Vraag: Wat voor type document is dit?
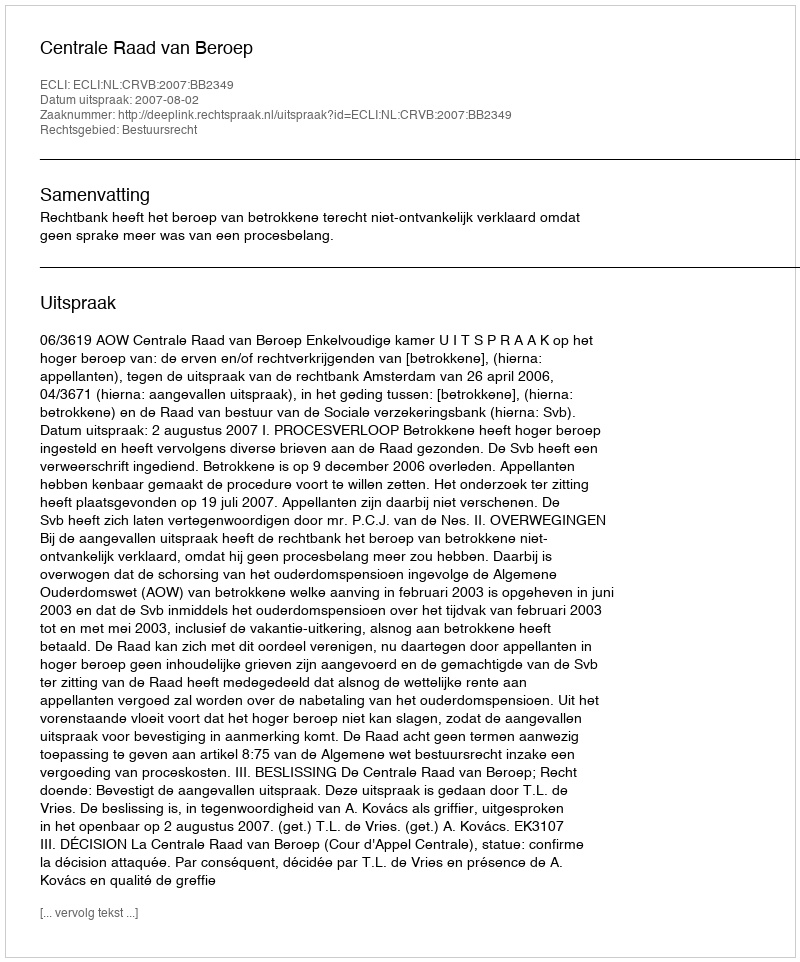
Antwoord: Uitspraak